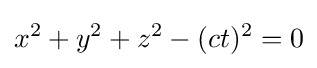
x^{2}+y^{2}+z^{2}-(ct)^{2}=0